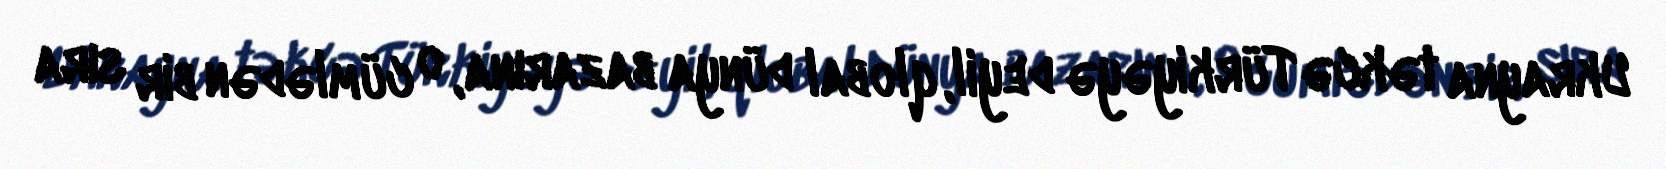
Ukrayna təkcə Türkiyəyə deyil, qlobal dünya bazarına, o cümlədən bir sıra